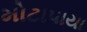
મોટાપાયા